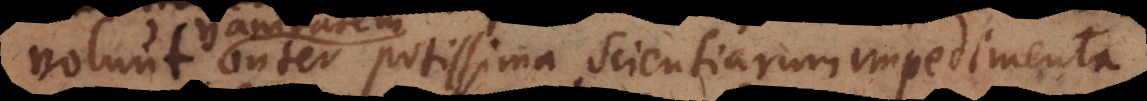
inter potissima scientiarum impedimen